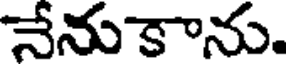
నేనుకాను.